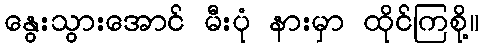
နွေးသွားအောင် မီးပုံ နားမှာ ထိုင်ကြစို့။